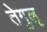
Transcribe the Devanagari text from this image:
तेगुलू